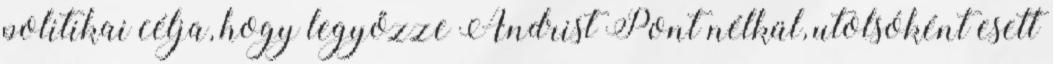
politikai célja, hogy legyőzze Andrist Pont nélkül, utolsóként esett